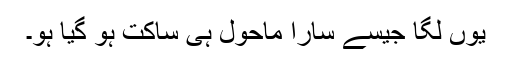
یوں لگا جیسے سارا ماحول ہی ساکت ہو گیا ہو۔